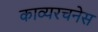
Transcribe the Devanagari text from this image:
काव्यरचनेस